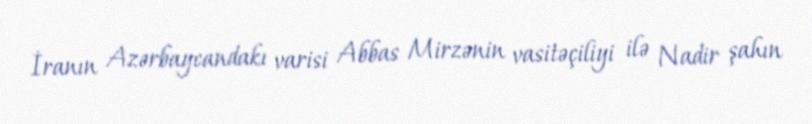
İranın Azərbaycandakı varisi Abbas Mirzənin vasitəçiliyi ilə Nadir şahın